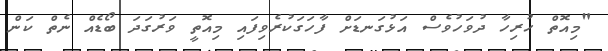
"މިއޮތް ހުރިހާ ދުވަހުވެސް އަޅުގަނޑަށް ފާހަގަކުރެވިފައި މިއޮތީ ވަރުގަދަ ބޯޑެއް ނެތް ކަން